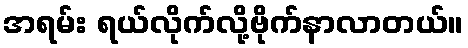
အရမ်း ရယ်လိုက်လို့ဗိုက်နာလာတယ်။